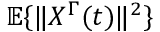
\mathbb { E } \{ \| X ^ { \Gamma } ( t ) \| ^ { 2 } \}